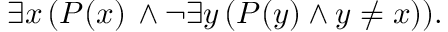
\exists x \, ( P ( x ) \, \wedge \neg \exists y \, ( P ( y ) \wedge y \neq x ) ) .